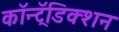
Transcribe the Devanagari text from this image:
कॉन्ट्रॅडिक्शन